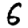
Digit: 6